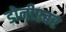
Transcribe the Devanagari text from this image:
डोनीएबर